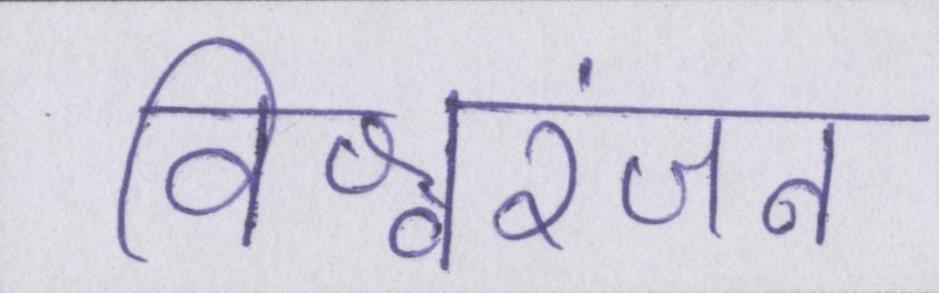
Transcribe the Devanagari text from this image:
विश्वरंजन